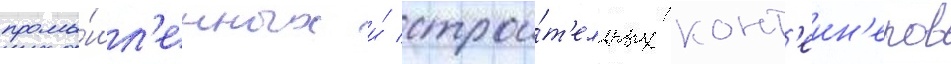
промы́шл'енных и́ строи́т'ельных конт'еин'еров